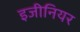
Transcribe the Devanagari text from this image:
इजीनियर